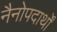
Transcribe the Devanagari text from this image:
नैनोपदार्थों